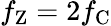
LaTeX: f_{\mathrm{Z}}=2f_{\mathrm{C}}